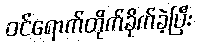
ဝင်ရောက်တိုက်ခိုက်ခဲ့ပြီး